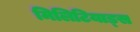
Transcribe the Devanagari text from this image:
मिलिटियाड्स